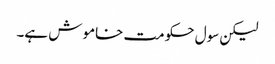
لیکن سول حکومت خاموش ہے۔